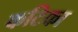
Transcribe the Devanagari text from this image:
कटिका